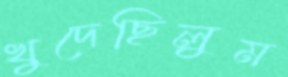
খুদেছিলুম